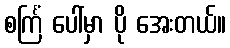
စင်္ကြံ ပေါ်မှာ ပို အေးတယ်။